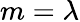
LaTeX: m=\lambda